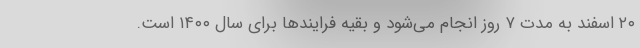
۲۰ اسفند به مدت ۷ روز انجام می‌شود و بقیه فرایندها برای سال ۱۴۰۰ است.